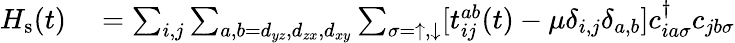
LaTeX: \begin{array}{rl}{H_{\textrm{s}}(t)}&{{}=\sum_{i,j}\sum_{a,b=d_{yz},d_{zx},d_{xy}}\sum_{\sigma=\uparrow,\downarrow}[t_{ij}^{ab}(t)-\mu\delta_{i,j}\delta_{a,b}]c_{ia\sigma}^{\dagger}c_{jb\sigma}}\end{array}